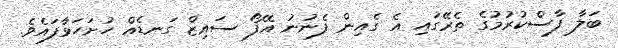
ބަލާ ފާސްކުރުމުގެ ތެރޭގައި އެ ގެއިން ފެނުނު އޭފޯ ސައިޒް ގަނޑެއް ހުށަހަޅާފައެވެ.